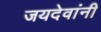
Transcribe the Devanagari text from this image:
जयदेवांनी